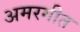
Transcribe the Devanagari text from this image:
अमरगीत